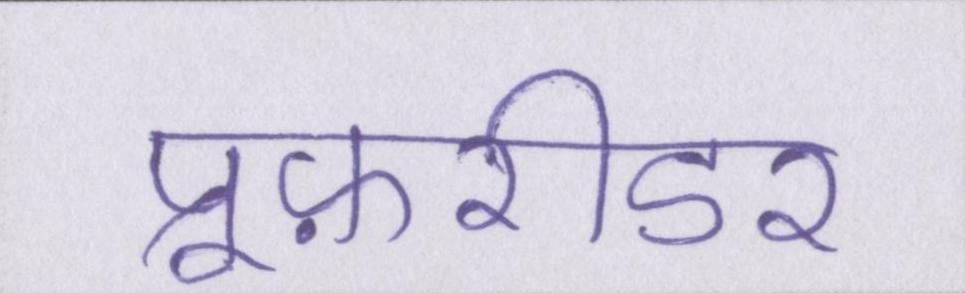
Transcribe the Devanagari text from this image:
प्रूफ़रीडर